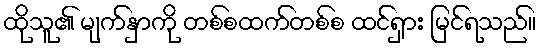
ထိုသူ၏ မျက်နှာကို တစ်စထက်တစ်စ ထင်ရှား မြင်ရသည်။